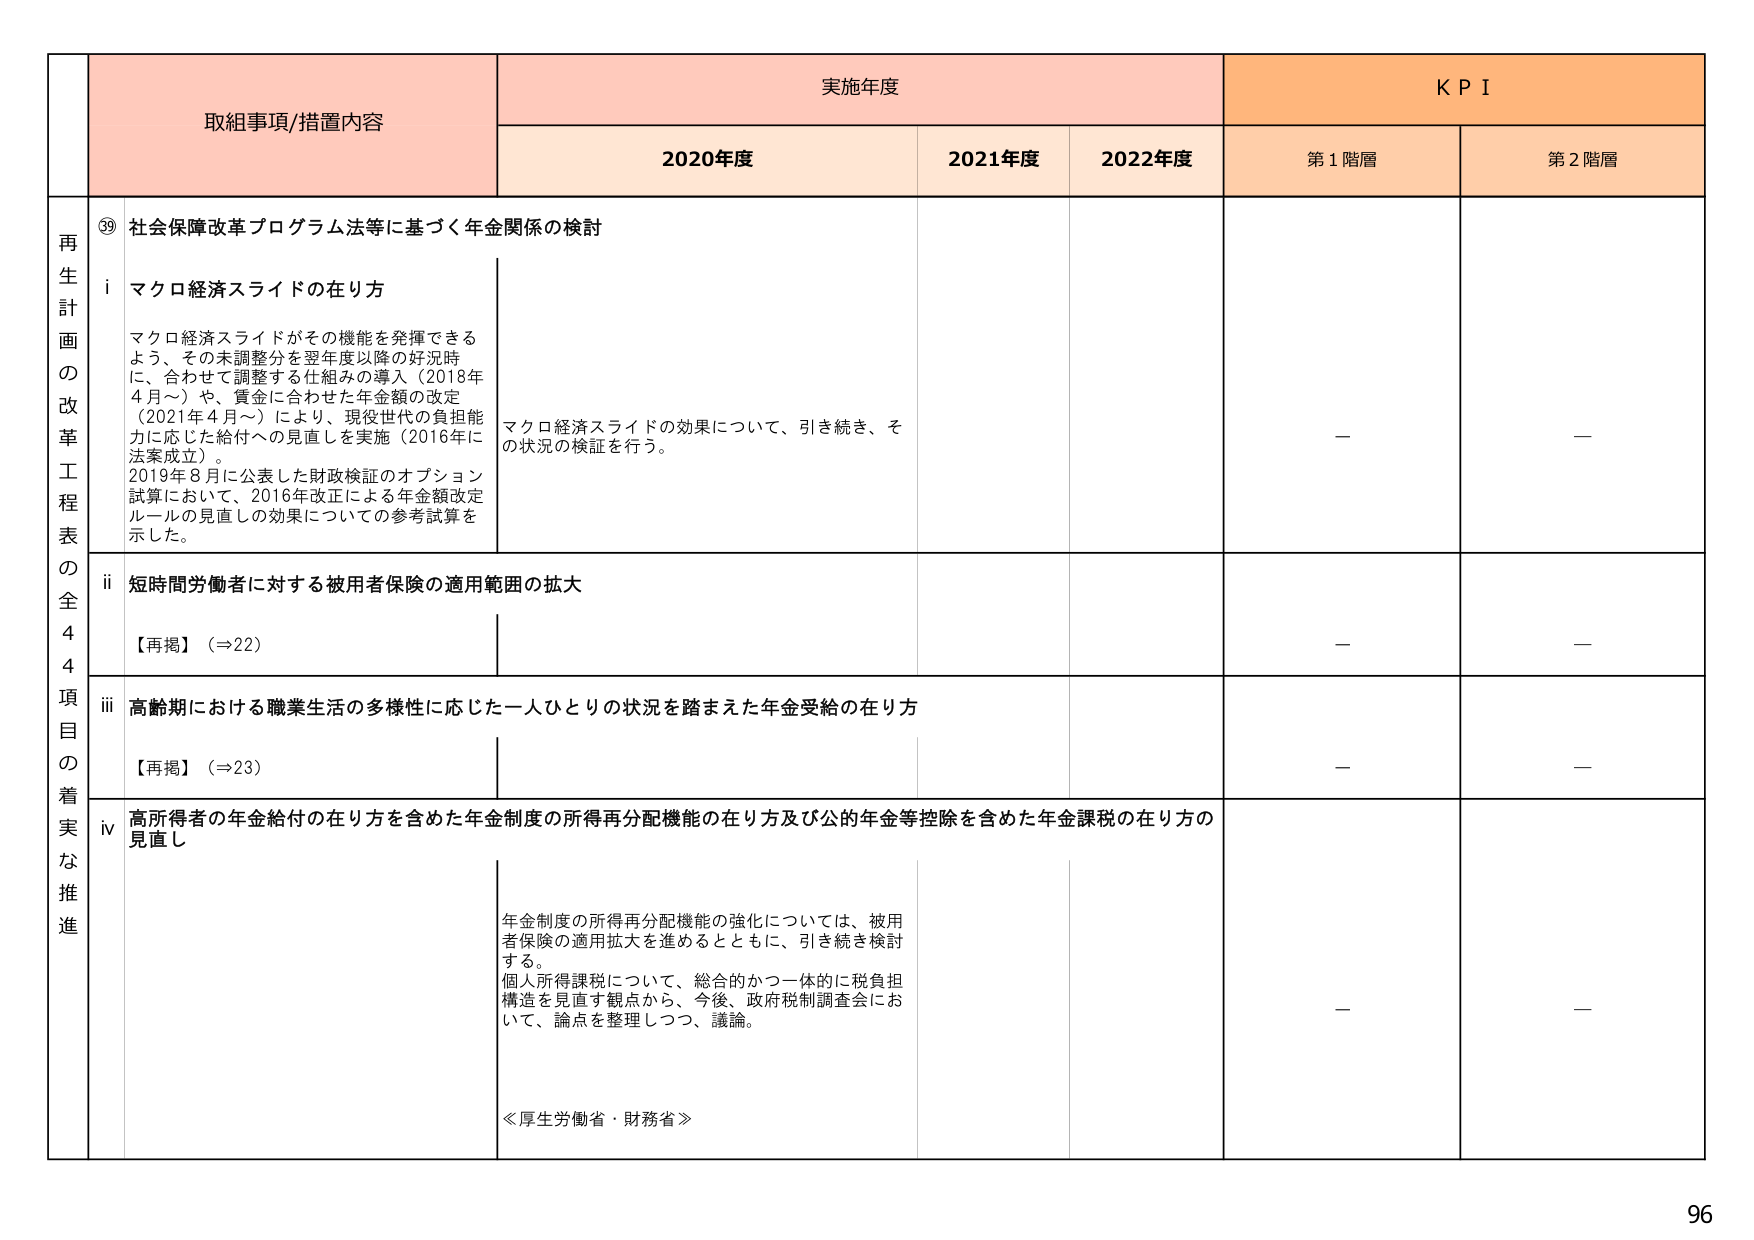
再生計画の改革工程表の全44項目の着実な推進

⑲ 社会保障改革プログラム法等に基づく年金関係の検討

i マクロ経済スライドの在り方
マクロ経済スライドがその機能を発揮できるよう、その未調整分を翌年度以降の好況時に、合わせて調整する仕組みの導入（2018年4月～）や、賃金に合わせた年金額の改定（2021年4月～）により、現役世代の負担能力に応じた給付への見直しを実施（2016年法案成立）。
2019年8月に公表した財政検証のオプション試算において、2016年改正による年金額改定ルールの見直しの効果についての参考試算を示した。
マクロ経済スライドの効果について、引き続き、その状況の検証を行う。

ii 短時間労働者に対する被用者保険の適用範囲の拡大
【再掲】（⇒22）

iii 高齢期における職業生活の多様性に応じた一人ひとりの状況を踏まえた年金受給の在り方
【再掲】（⇒23）

iv 高所得者の年金給付の在り方を含めた年金制度の所得再分配機能の在り方及び公的年金等控除を含めた年金課税の在り方の見直し
年金制度の所得再分配機能の強化については、被用者保険の適用拡大を進めるとともに、引き続き検討する。
個人所得課税について、総合的かつ一体的に税負担構造を見直す観点から、今後、政府税制調査会において、論点を整理しつつ、議論。
≪厚生労働省・財務省≫

実施年度
2020年度
2021年度
2022年度

KPI
第1階層
第2階層

－
－
－
－
－
－
－
－

96